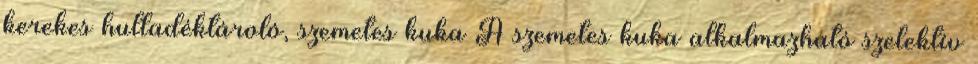
kerekes hulladéktároló, szemetes kuka A szemetes kuka alkalmazható szelektív